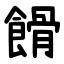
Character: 餶